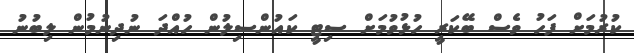
ކުރުމަށް ފަހު ވެސް ބޭކަރީ ހުޅުވުމަށް ސިޓީ ކައުންސިލުން ހުއްދަ ނުދިނުމުން ލިބުނު